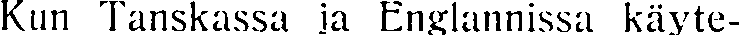
Kun Tanskassa ja Englannissa käyte-